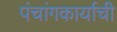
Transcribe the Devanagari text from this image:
पंचांगकार्याची